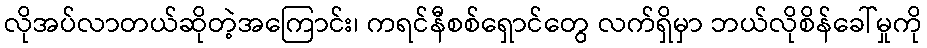
လိုအပ်လာတယ်ဆိုတဲ့အကြောင်း၊ ကရင်နီစစ်ရှောင်တွေ လက်ရှိမှာ ဘယ်လိုစိန်ခေါ်မှုကို